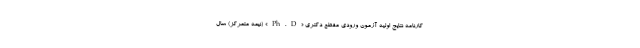
کارنامه نتایج اولیه آزمون ورودی مقطع دکتری «Ph.D» (نیمه متمرکز) سال